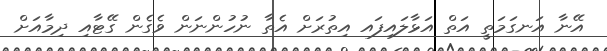
އޭނާ އަނގަމަތީ އަތް އަޅާލައިފައ އިތުރަށް އެތާ ނުހުންނަން ވެގެން ގޭޓާއި ދިމާއަށް